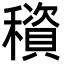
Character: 䆅